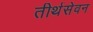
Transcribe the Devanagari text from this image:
तीर्थसेवन